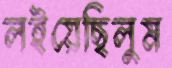
লইয়েছিলুম